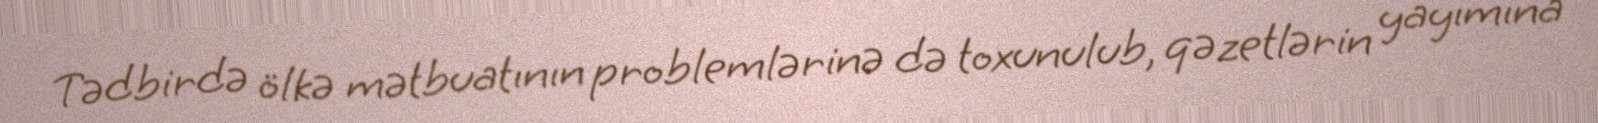
Tədbirdə ölkə mətbuatının problemlərinə də toxunulub, qəzetlərin yayımına